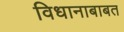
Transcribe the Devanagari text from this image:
विधानाबाबत